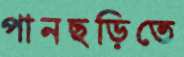
পানছড়িতে